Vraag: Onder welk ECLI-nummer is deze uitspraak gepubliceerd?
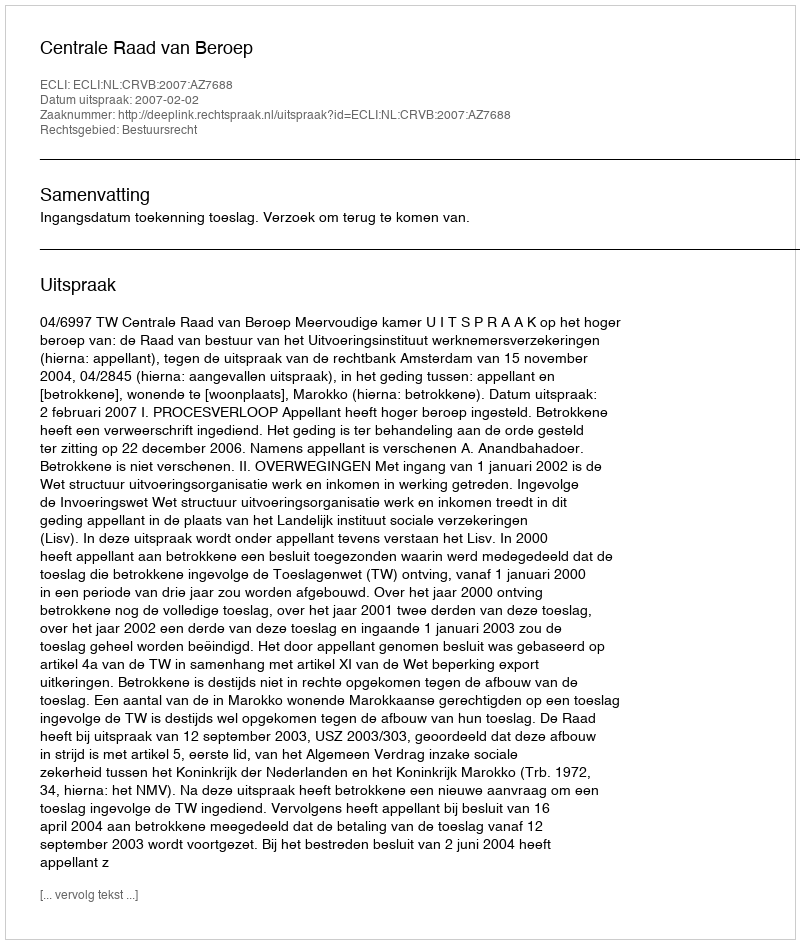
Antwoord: ECLI:NL:CRVB:2007:AZ7688